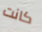
كانت